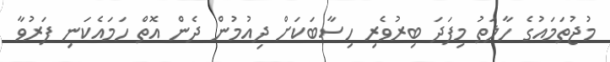
މުޖުތަމައުގެ ހާލަތު މިފަދަ ބިރުވެރި ހިސާބަކަށް ދިއުމުން ދެން އޮތް ހަމައެކަނި ފަރުވާ